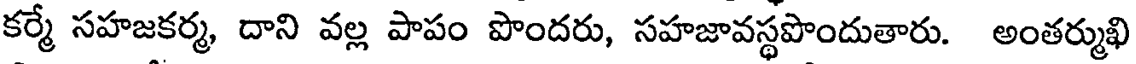
కర్మే సహజకర్మ, దాని వల్ల పాపం పొందరు, సహజావస్థపొందుతారు. అంతర్ముఖి